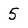
Character: 5